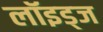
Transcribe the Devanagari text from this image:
लॉइड्ज